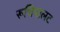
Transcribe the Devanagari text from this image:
रूचिपालट